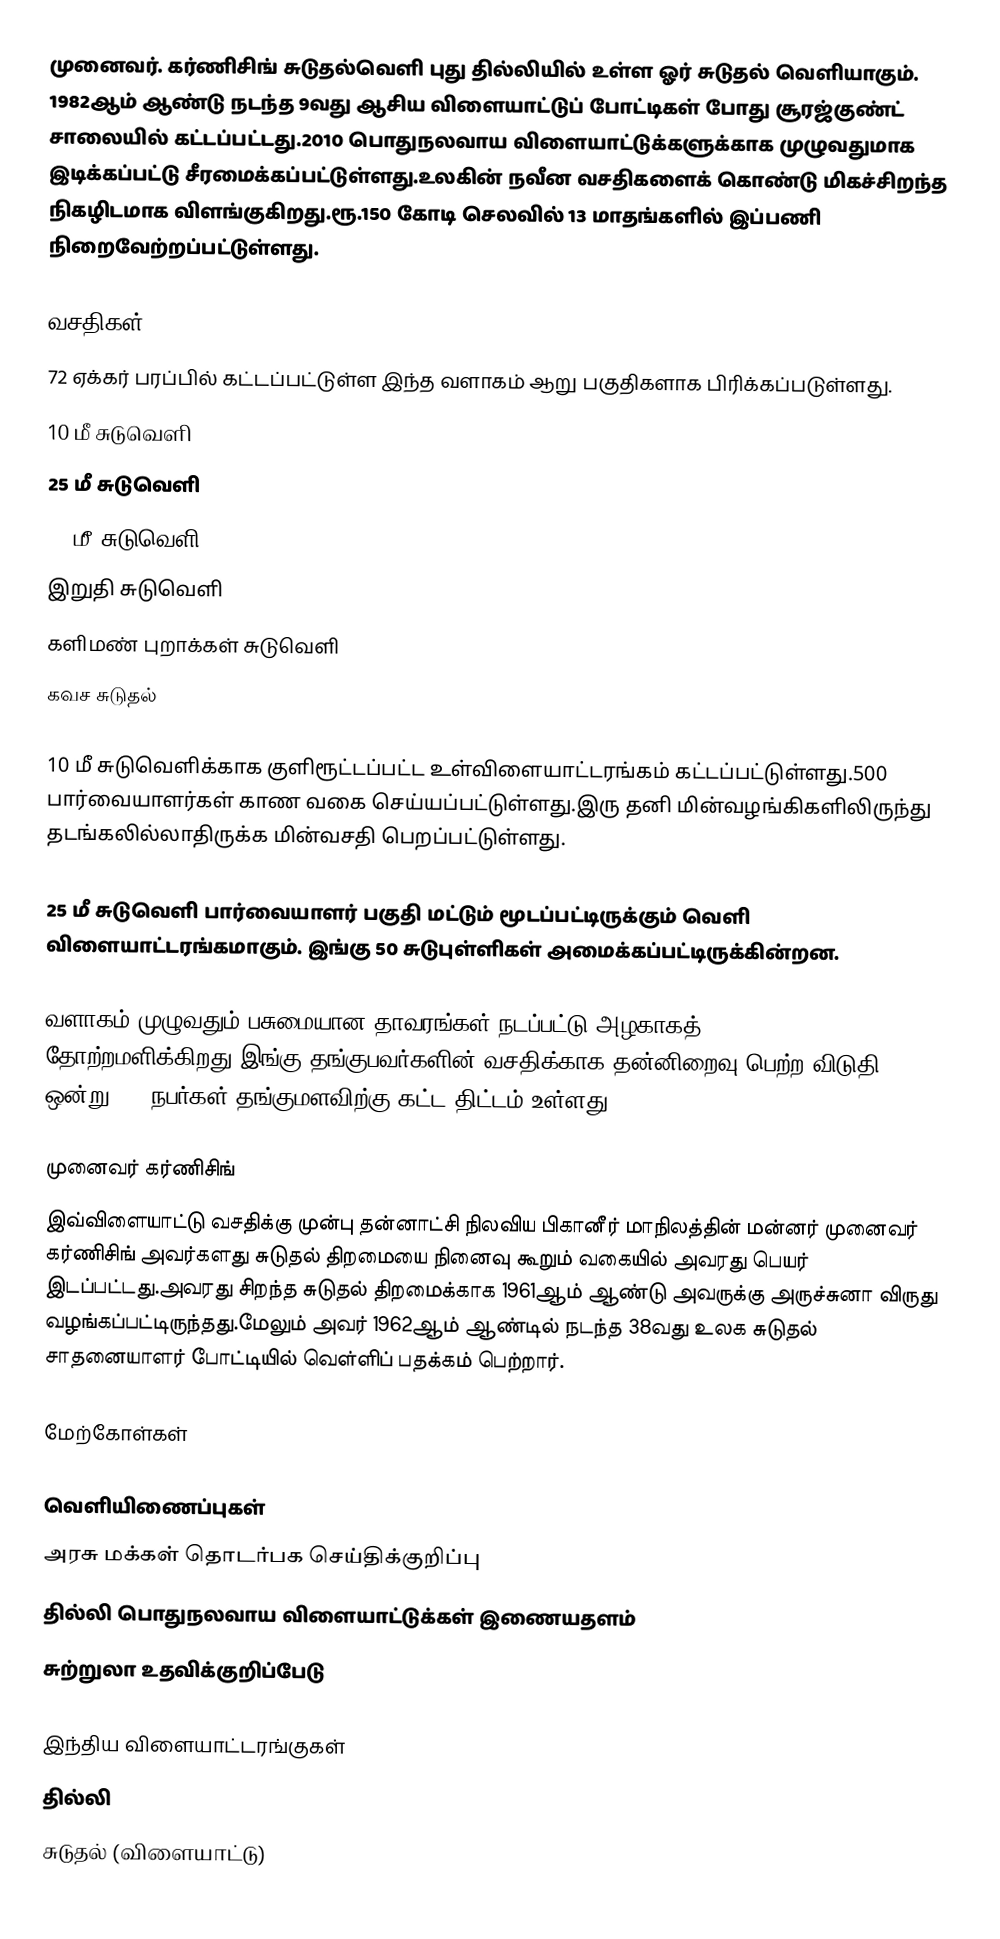
முனைவர். கர்ணிசிங் சுடுதல்வெளி புது தில்லியில் உள்ள ஓர் சுடுதல் வெளியாகும். 1982ஆம் ஆண்டு நடந்த 9வது ஆசிய விளையாட்டுப் போட்டிகள் போது சூரஜ்குண்ட் சாலையில் கட்டப்பட்டது.2010 பொதுநலவாய விளையாட்டுக்களுக்காக முழுவதுமாக இடிக்கப்பட்டு சீரமைக்கப்பட்டுள்ளது.உலகின் நவீன வசதிகளைக் கொண்டு மிகச்சிறந்த நிகழிடமாக விளங்குகிறது.ரூ.150 கோடி செலவில் 13 மாதங்களில் இப்பணி நிறைவேற்றப்பட்டுள்ளது.

வசதிகள்
72 ஏக்கர் பரப்பில் கட்டப்பட்டுள்ள இந்த வளாகம் ஆறு பகுதிகளாக பிரிக்கப்படுள்ளது.
 10 மீ சுடுவெளி
 25 மீ சுடுவெளி
 50 மீ சுடுவெளி
 இறுதி சுடுவெளி
 களிமண் புறாக்கள் சுடுவெளி
 கவச சுடுதல்

10 மீ சுடுவெளிக்காக குளிரூட்டப்பட்ட உள்விளையாட்டரங்கம் கட்டப்பட்டுள்ளது.500 பார்வையாளர்கள் காண வகை செய்யப்பட்டுள்ளது.இரு தனி மின்வழங்கிகளிலிருந்து தடங்கலில்லாதிருக்க மின்வசதி பெறப்பட்டுள்ளது.

25 மீ சுடுவெளி பார்வையாளர் பகுதி மட்டும் மூடப்பட்டிருக்கும் வெளி விளையாட்டரங்கமாகும். இங்கு 50 சுடுபுள்ளிகள் அமைக்கப்பட்டிருக்கின்றன.

வளாகம் முழுவதும் பசுமையான தாவரங்கள் நடப்பட்டு அழகாகத் தோற்றமளிக்கிறது.இங்கு தங்குபவர்களின் வசதிக்காக தன்னிறைவு பெற்ற விடுதி ஒன்று 200 நபர்கள் தங்குமளவிற்கு கட்ட திட்டம் உள்ளது.

முனைவர் கர்ணிசிங்
இவ்விளையாட்டு வசதிக்கு முன்பு தன்னாட்சி நிலவிய பிகானீர் மாநிலத்தின் மன்னர் முனைவர் கர்ணிசிங் அவர்களது சுடுதல் திறமையை நினைவு கூறும் வகையில் அவரது பெயர் இடப்பட்டது.அவரது சிறந்த சுடுதல் திறமைக்காக 1961ஆம் ஆண்டு அவருக்கு அருச்சுனா விருது வழங்கப்பட்டிருந்தது.மேலும் அவர் 1962ஆம் ஆண்டில் நடந்த 38வது உலக சுடுதல் சாதனையாளர் போட்டியில் வெள்ளிப் பதக்கம் பெற்றார்.

மேற்கோள்கள்

வெளியிணைப்புகள்
 அரசு மக்கள் தொடர்பக செய்திக்குறிப்பு
 தில்லி பொதுநலவாய விளையாட்டுக்கள் இணையதளம்
 சுற்றுலா உதவிக்குறிப்பேடு

இந்திய விளையாட்டரங்குகள்
தில்லி
சுடுதல் (விளையாட்டு)